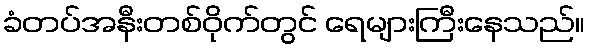
ခံတပ်အနီးတစ်ဝိုက်တွင် ရေများကြီးနေသည်။